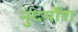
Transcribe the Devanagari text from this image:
नुंदर्योश